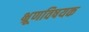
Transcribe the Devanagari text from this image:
भ्रूणविषयक